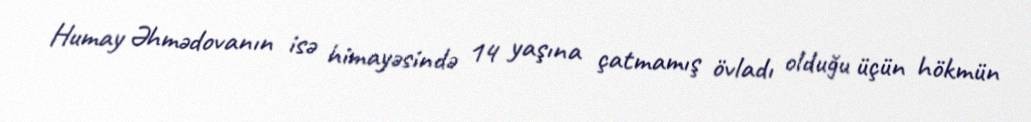
Humay Əhmədovanın isə himayəsində 14 yaşına çatmamış övladı olduğu üçün hökmün